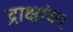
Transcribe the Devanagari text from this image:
द्राक्षांवर